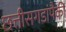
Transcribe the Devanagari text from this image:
छत्तीसगडांपैकी